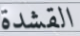
القشدة